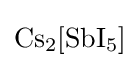
{\mathrm {Cs} {\vphantom {A}}_{\smash[{t}]{2}}[\mathrm {SbI} {\vphantom {A}}_{\smash[{t}]{5}}]}